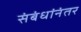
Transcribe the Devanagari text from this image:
संबंधांनंतर